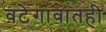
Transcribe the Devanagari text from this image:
वटेगावातही